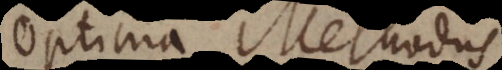
Optima Methodus